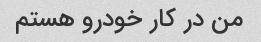
من در کار خودرو هستم